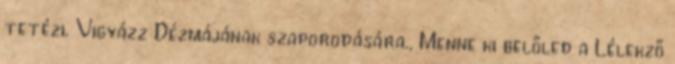
tetézi. Vigyázz Dézmájának szaporodására., Menne ki belőled a Lélekző